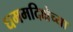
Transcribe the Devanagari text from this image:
धममदिक्षेच्या